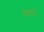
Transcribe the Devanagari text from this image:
पंचम्‌